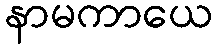
နာမကာယေ